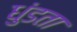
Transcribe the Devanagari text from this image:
धुंडता